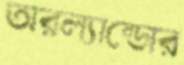
অরল্যান্ডোর